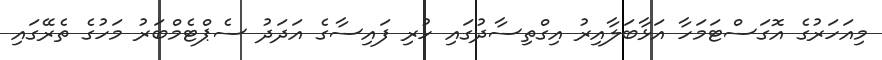
މިއަހަރުގެ އޮގަސްޓަމަހާ އަޅާބަލާއިރު އިގްތިސާދުގައި ހުރި ފައިސާގެ އަދަދު ސެޕްޓެމްބަރު މަހުގެ ތެރޭގައި